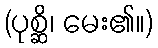
(ပုစ္ဆိ၊ မေး၏။)